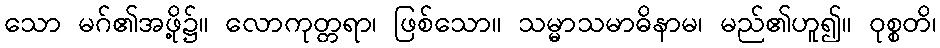
သော မဂ်၏အဖို့၌။ လောကုတ္တရာ၊ ဖြစ်သော။ သမ္မာသမာဓိနာမ၊ မည်၏ဟူ၍။ ဝုစ္စတိ၊